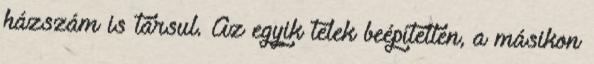
házszám is társul. Az egyik telek beépítetlen, a másikon